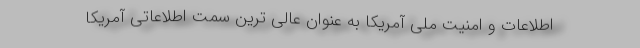
اطلاعات و امنیت ملی آمریکا به عنوان عالی ترین سمت اطلاعاتی آمریکا